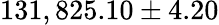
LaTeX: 131,825.10\pm 4.20